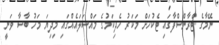
ނޭމާގެ ޓްރާންސްފާގައި ޓެކުހަށް މަކަރު ހެދިކަމުގެ މައްސަލައެއްގައި މިދިޔަ މަހު ބާސާ ވަނީ